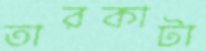
তারকাটা